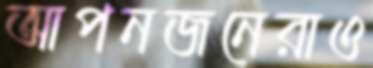
আপনজনেরাও